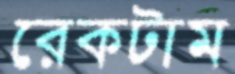
রেকটাম